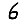
Digit: 6